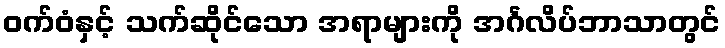
ဝက်ဝံနှင့် သက်ဆိုင်သော အရာများကို အင်္ဂလိပ်ဘာသာတွင်